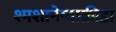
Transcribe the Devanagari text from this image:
श्मशानेष्वाक्रीडा